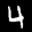
Label: 4